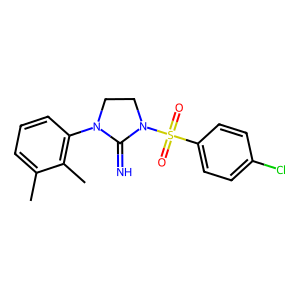
SMILES: Cc1cccc(N2CCN(S(=O)(=O)c3ccc(Cl)cc3)C2=N)c1C
Inhibits HIV replication: No